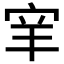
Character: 𫳅